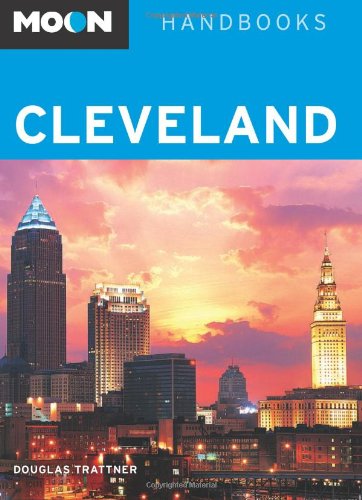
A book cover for Moon Cleveland (Moon Handbooks); Douglas Trattner; Travel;